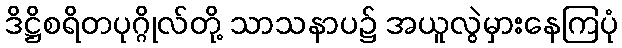
ဒိဋ္ဌိစရိတပုဂ္ဂိုလ်တို့ သာသနာပ၌ အယူလွဲမှားနေကြပုံ